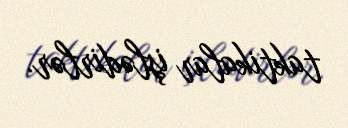
taktikalar işlədirlər.